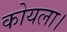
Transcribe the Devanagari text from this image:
कोयला।